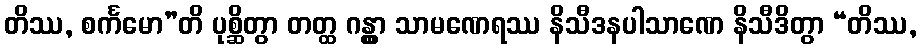
တိဿ, စင်္ကမော”တိ ပုစ္ဆိတွာ တတ္ထ ဂန္တွာ သာမဏေရဿ နိသီဒနပါသာဏေ နိသီဒိတွာ “တိဿ,